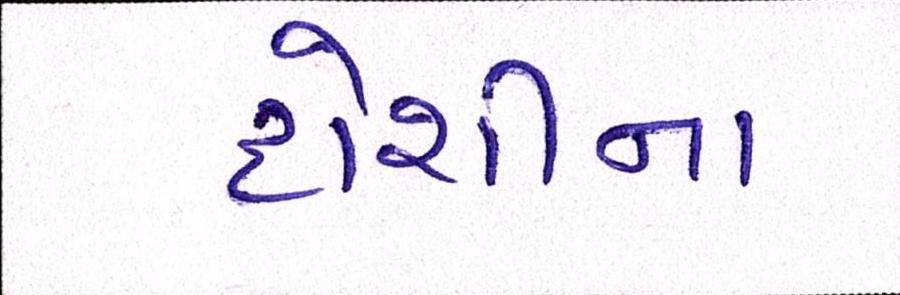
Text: દોશીના